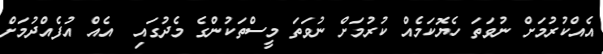
އެއްކުރުމަށް ނުވަތަ ހެޔޮކަމެއް ކުރުމަށް ނުވަތަ މީސްތަކުންގެ މެދުގައި  އެއް އުފެއްދުމަށް